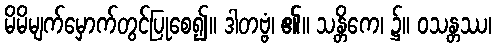
မိမိမျက်မှောက်တွင်ပြုစေ၍။ ဒါတဗ္ဗံ၊ ၏။ သန္တိကေ၊ ၌။ ဝသန္တဿ၊